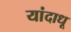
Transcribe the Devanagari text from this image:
यांदाधू